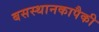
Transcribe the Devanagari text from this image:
बसस्थानकापैकी